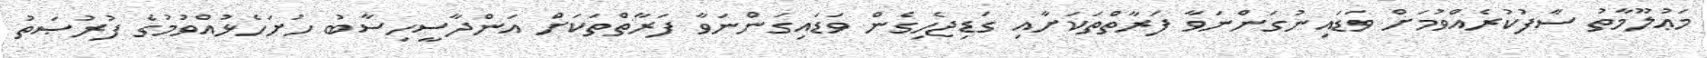
މަޢުލޫމާތު ސާފުކުރެއްވުމަށް ވަޑައިނުގަންނަވާ ފަރާތްތަކަށާއި ގަޑިޖެހިގެން ވަޑައިގަންނަވާ ފަރާތްތަކަށް އަންދާސީހިސާބު ހުށަހެޅުއްވުމުގެ ފުރުޞަތު